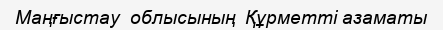
Маңғыстау  облысының  Құрметті азаматы